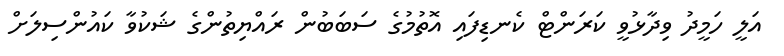
އަލީ ހަމީދު ވިދާޅުވީ ކަރަންޓް ކެނޑިފައި އޮތުމުގެ ސަބަބުން ރައްޔިތުންގެ ޝަކުވާ ކައުންސިލަށް